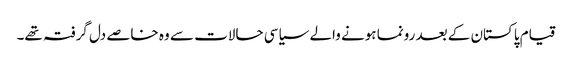
قیام پاکستان کے بعد رونما ہونے والے سیاسی حالات سے وہ خاصے دل گرفتہ تھے۔